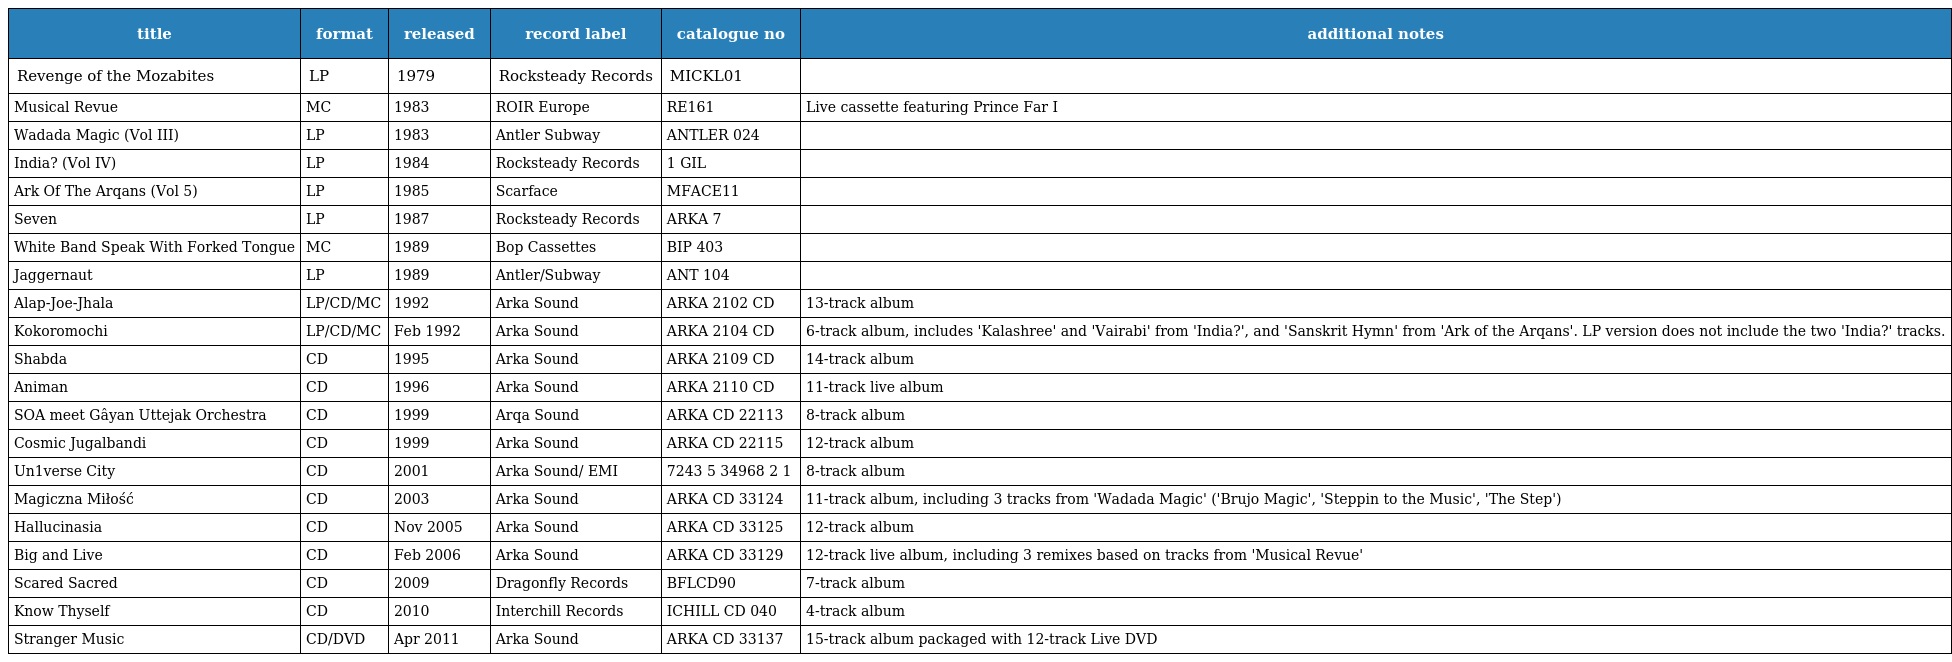
| title | format | released | record label | catalogue no | additional notes |
 | --- | --- | --- | --- | --- | --- |
 | Revenge of the Mozabites | LP | 1979 | Rocksteady Records | MICKL01 |  |
 | Musical Revue | MC | 1983 | ROIR Europe | RE161 | Live cassette featuring Prince Far I |
 | Wadada Magic (Vol III) | LP | 1983 | Antler Subway | ANTLER 024 |  |
 | India? (Vol IV) | LP | 1984 | Rocksteady Records | 1 GIL |  |
 | Ark Of The Arqans (Vol 5) | LP | 1985 | Scarface | MFACE11 |  |
 | Seven | LP | 1987 | Rocksteady Records | ARKA 7 |  |
 | White Band Speak With Forked Tongue | MC | 1989 | Bop Cassettes | BIP 403 |  |
 | Jaggernaut | LP | 1989 | Antler/Subway | ANT 104 |  |
 | Alap-Joe-Jhala | LP/CD/MC | 1992 | Arka Sound | ARKA 2102 CD | 13-track album |
 | Kokoromochi | LP/CD/MC | Feb 1992 | Arka Sound | ARKA 2104 CD | 6-track album, includes 'Kalashree' and 'Vairabi' from 'India?', and 'Sanskrit Hymn' from 'Ark of the Arqans'. LP version does not include the two 'India?' tracks. |
 | Shabda | CD | 1995 | Arka Sound | ARKA 2109 CD | 14-track album |
 | Animan | CD | 1996 | Arka Sound | ARKA 2110 CD | 11-track live album |
 | SOA meet Gâyan Uttejak Orchestra | CD | 1999 | Arqa Sound | ARKA CD 22113 | 8-track album |
 | Cosmic Jugalbandi | CD | 1999 | Arka Sound | ARKA CD 22115 | 12-track album |
 | Un1verse City | CD | 2001 | Arka Sound/ EMI | 7243 5 34968 2 1 | 8-track album |
 | Magiczna Miłość | CD | 2003 | Arka Sound | ARKA CD 33124 | 11-track album, including 3 tracks from 'Wadada Magic' ('Brujo Magic', 'Steppin to the Music', 'The Step') |
 | Hallucinasia | CD | Nov 2005 | Arka Sound | ARKA CD 33125 | 12-track album |
 | Big and Live | CD | Feb 2006 | Arka Sound | ARKA CD 33129 | 12-track live album, including 3 remixes based on tracks from 'Musical Revue' |
 | Scared Sacred | CD | 2009 | Dragonfly Records | BFLCD90 | 7-track album |
 | Know Thyself | CD | 2010 | Interchill Records | ICHILL CD 040 | 4-track album |
 | Stranger Music | CD/DVD | Apr 2011 | Arka Sound | ARKA CD 33137 | 15-track album packaged with 12-track Live DVD |